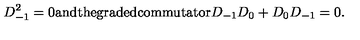
D _ { - 1 } ^ { 2 } = 0 \mathrm { a n d t h e g r a d e d c o m m u t a t o r } D _ { - 1 } D _ { 0 } + D _ { 0 } D _ { - 1 } = 0 .